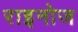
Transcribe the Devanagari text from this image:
राइनोज